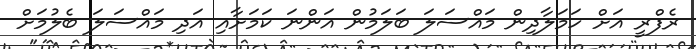
ރެފްރީ އަށް ހަމަލާދިން މައްސަލަ ބަލަމުން އަންނަ ކަމަށާއި އަދި މައްސަލަ ބެލުމަށް